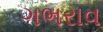
ગભરાવ